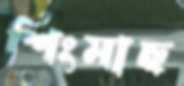
শিংমাছ